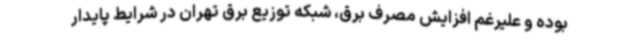
بوده و علیرغم افزایش مصرف برق، شبکه توزیع برق تهران در شرایط پایدار